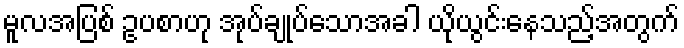
မူလအပြစ် ဥပစာဟု အုပ်ချုပ်သောအခါ ယိုယွင်းနေသည့်အတွက်